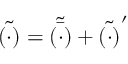
\tilde { ( \cdot ) } = \tilde { \bar { ( \cdot ) } } + \tilde { ( \cdot ) } ^ { \prime }